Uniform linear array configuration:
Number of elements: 48
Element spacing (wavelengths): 0.5
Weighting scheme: uniform
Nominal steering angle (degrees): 0
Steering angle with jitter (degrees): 1.398
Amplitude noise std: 0.05
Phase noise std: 0.05

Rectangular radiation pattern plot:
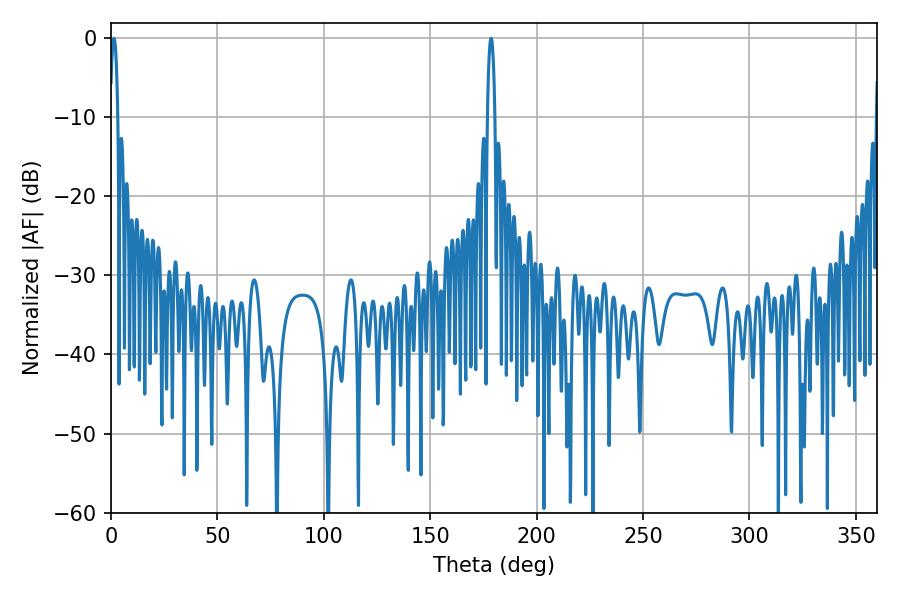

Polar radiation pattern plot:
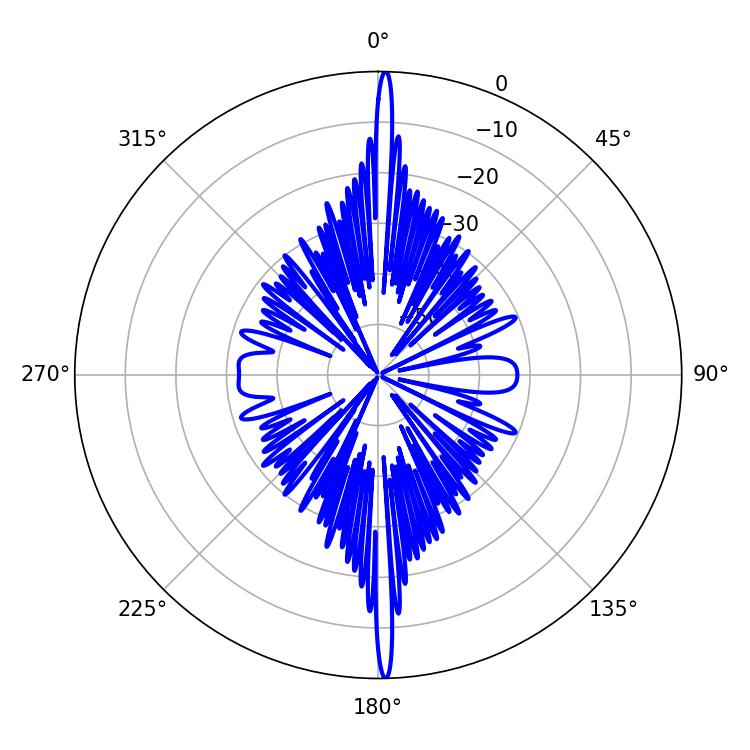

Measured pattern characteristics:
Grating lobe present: FALSE
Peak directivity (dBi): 30.074
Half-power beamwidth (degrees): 1.98
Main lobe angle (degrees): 178.56